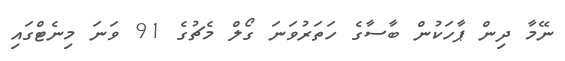
ނޭމާ ދިން ޕާހަކުން ބާސާގެ ހަތަރުވަނަ ގޯލް މެޗުގެ 91 ވަނަ މިނެޓްގައި